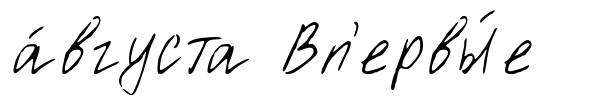
а́вгуста Вп'ервы́е